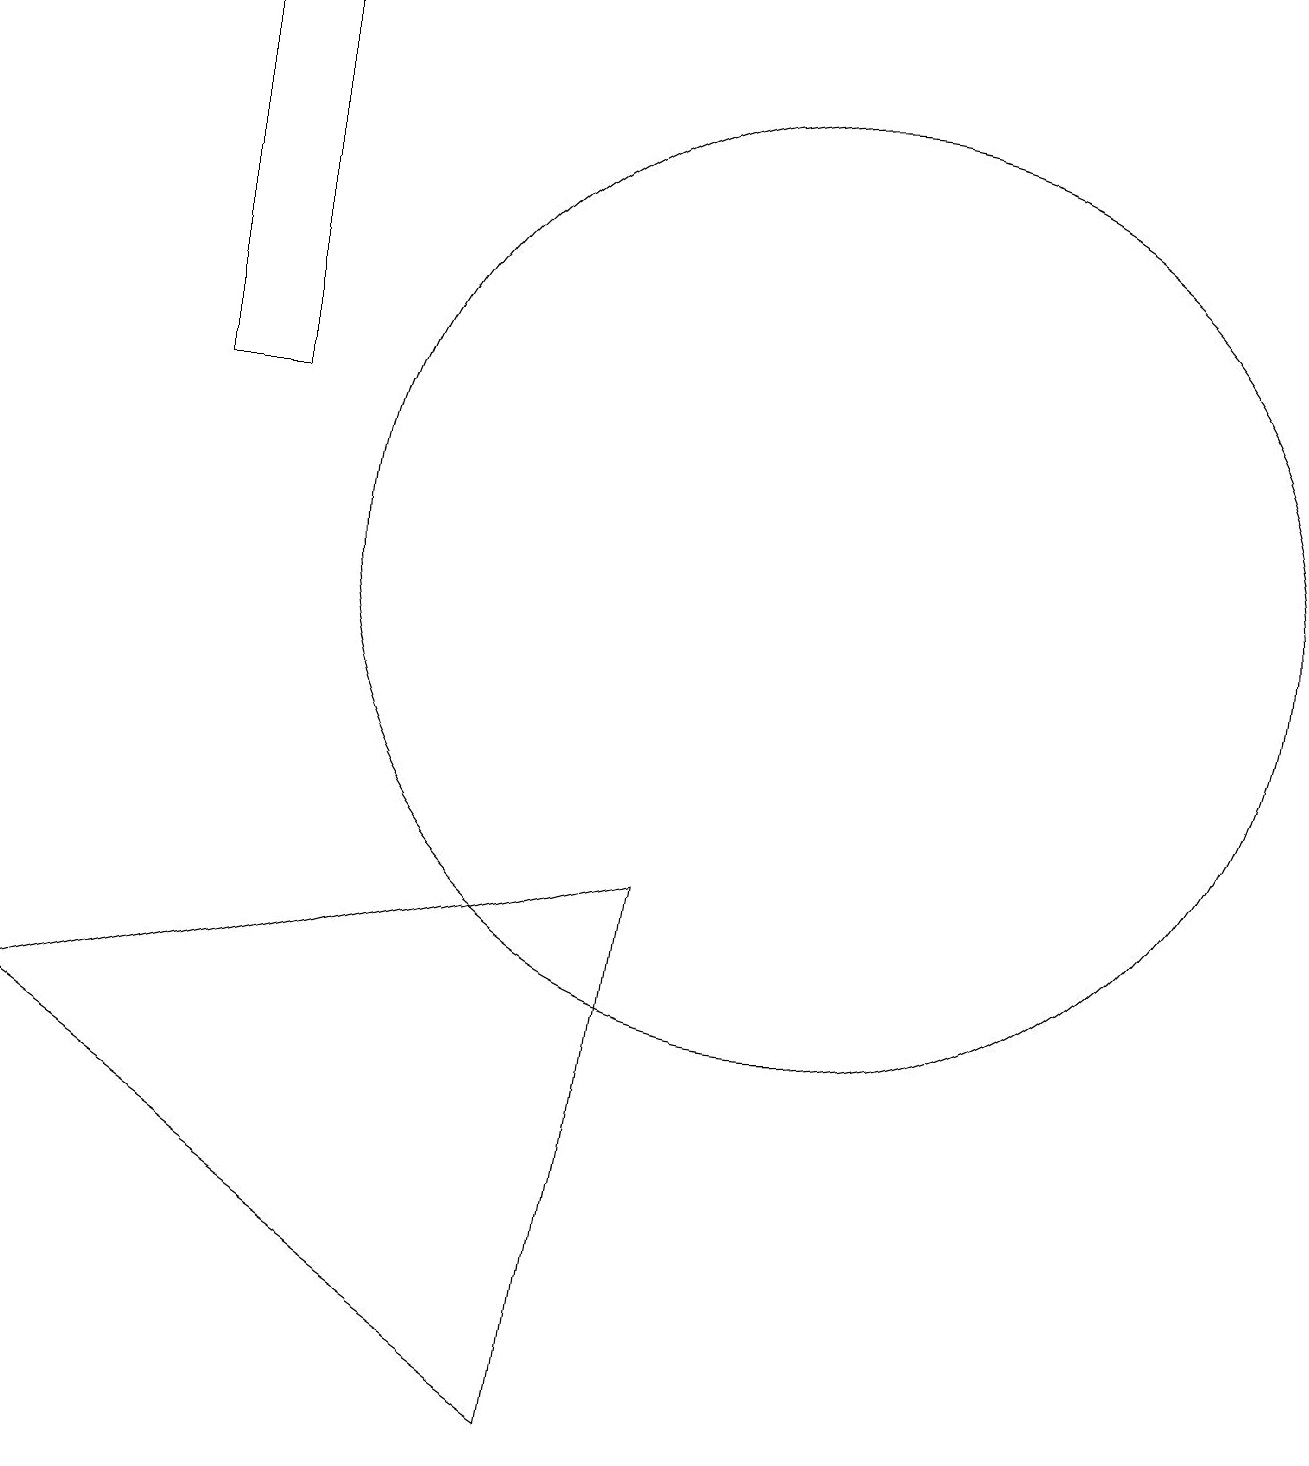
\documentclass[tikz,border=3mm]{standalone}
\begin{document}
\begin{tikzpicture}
\draw (8,1) -- (1,6) -- (9,8) -- cycle;
\draw (3,19) rectangle (4,14);
\draw (11,12) circle (6);
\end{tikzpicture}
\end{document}